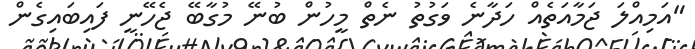
"އަމިއްލަ ޖަމާއަތެއް ހަދާނެ ވަގުތު ނެތް މީހުން ބުނޭ މުގާބޭ ޖެހޭނީ ފައިބައިގެން